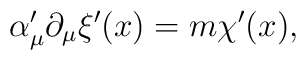
\alpha _\mu ^{\prime }\partial _\mu \xi ^{\prime }(x)=m\chi^{\prime }(x),